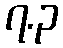
၇.၃